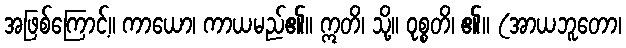
အဖြစ်ကြောင့်။ ကာယော၊ ကာယမည်၏။ ဣတိ၊ သို့။ ဝုစ္စတိ၊ ၏။ (အာယဘူတော၊